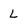
Character: L